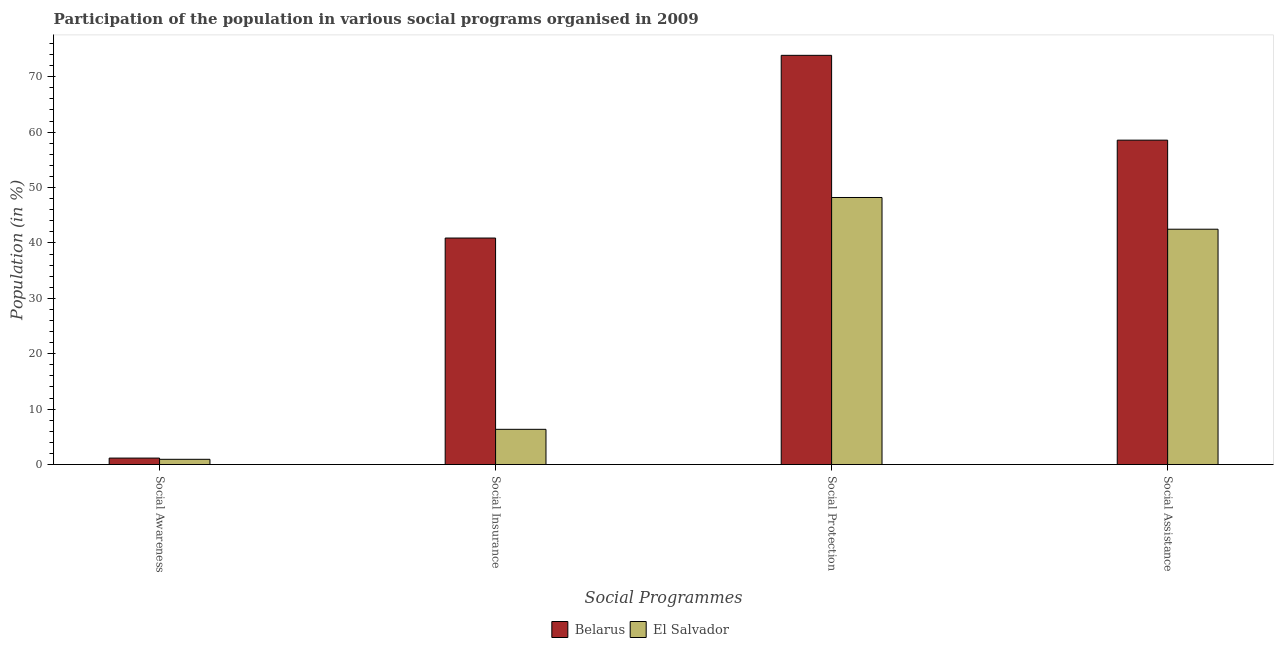
| Social Programmes | Belarus | El Salvador |
 | --- | --- | --- |
 | Social Awareness | 1.17 | 0.945 |
 | Social Insurance | 40.9 | 6.36 |
 | Social Protection | 73.9 | 48.2 |
 | Social Assistance | 58.6 | 42.5 |